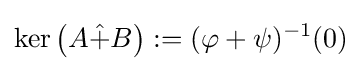
\ker \left(A{\hat {+}}B\right):=(\varphi +\psi )^{-1}(0)